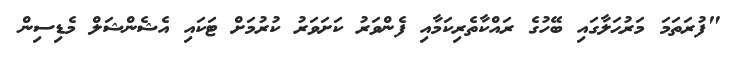
"ފުރަތަމަ މަރުޙަލާގައި ބޭހުގެ ރައްކާތެރިކަމާއި ފެންވަރު ކަށަވަރު ކުރުމަށް ޓަކައި އެޝެންޝަލް މެޑިސިން